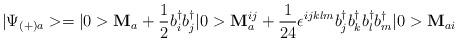
LaTeX: \begin{align*}|\Psi_{(+)a}>=|0>{\bf M}_a+\frac{1}{2}b_i^{\dagger}b_j^{\dagger}|0>{\bf M}_a^{ij}+\frac{1}{24}\epsilon^{ijklm}b_j^{\dagger}b_k^{\dagger}b_l^{\dagger}b_m^{\dagger}|0>{\bf M}_{ai}\end{align*}